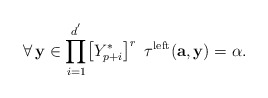
\begin{align*}\forall\,\mathbf{y}\in\displaystyle{\prod_{i=1}^{d^{'}}}\big{[}Y^{*}_{p+i}\big{]}^r\,\,\,\tau^{\mathrm{left}}(\mathbf{a},\mathbf{y})=\alpha.\end{align*}